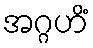
အဂ္ဂဟိံ